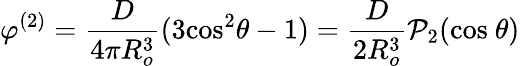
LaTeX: \varphi^{(2)}=\frac{D}{4\pi R_{o}^{3}}(3\textrm{cos}^{2}\theta-1)=\frac{D}{2R_{o}^{3}}\mathcal{P}_{2}(\textrm{cos}\ \theta)